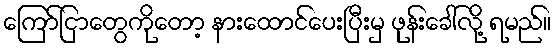
ကြော်ငြာတွေကိုတော့ နားထောင်ပေးပြီးမှ ဖုန်းခေါ်လို့ ရမည်။